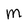
Character: M